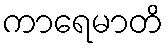
ကာရေမာတိ